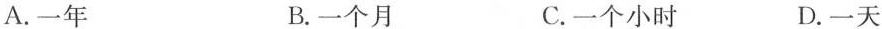
A.一年 B.一个月 C.一个小时 D.一天